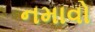
નમાવો